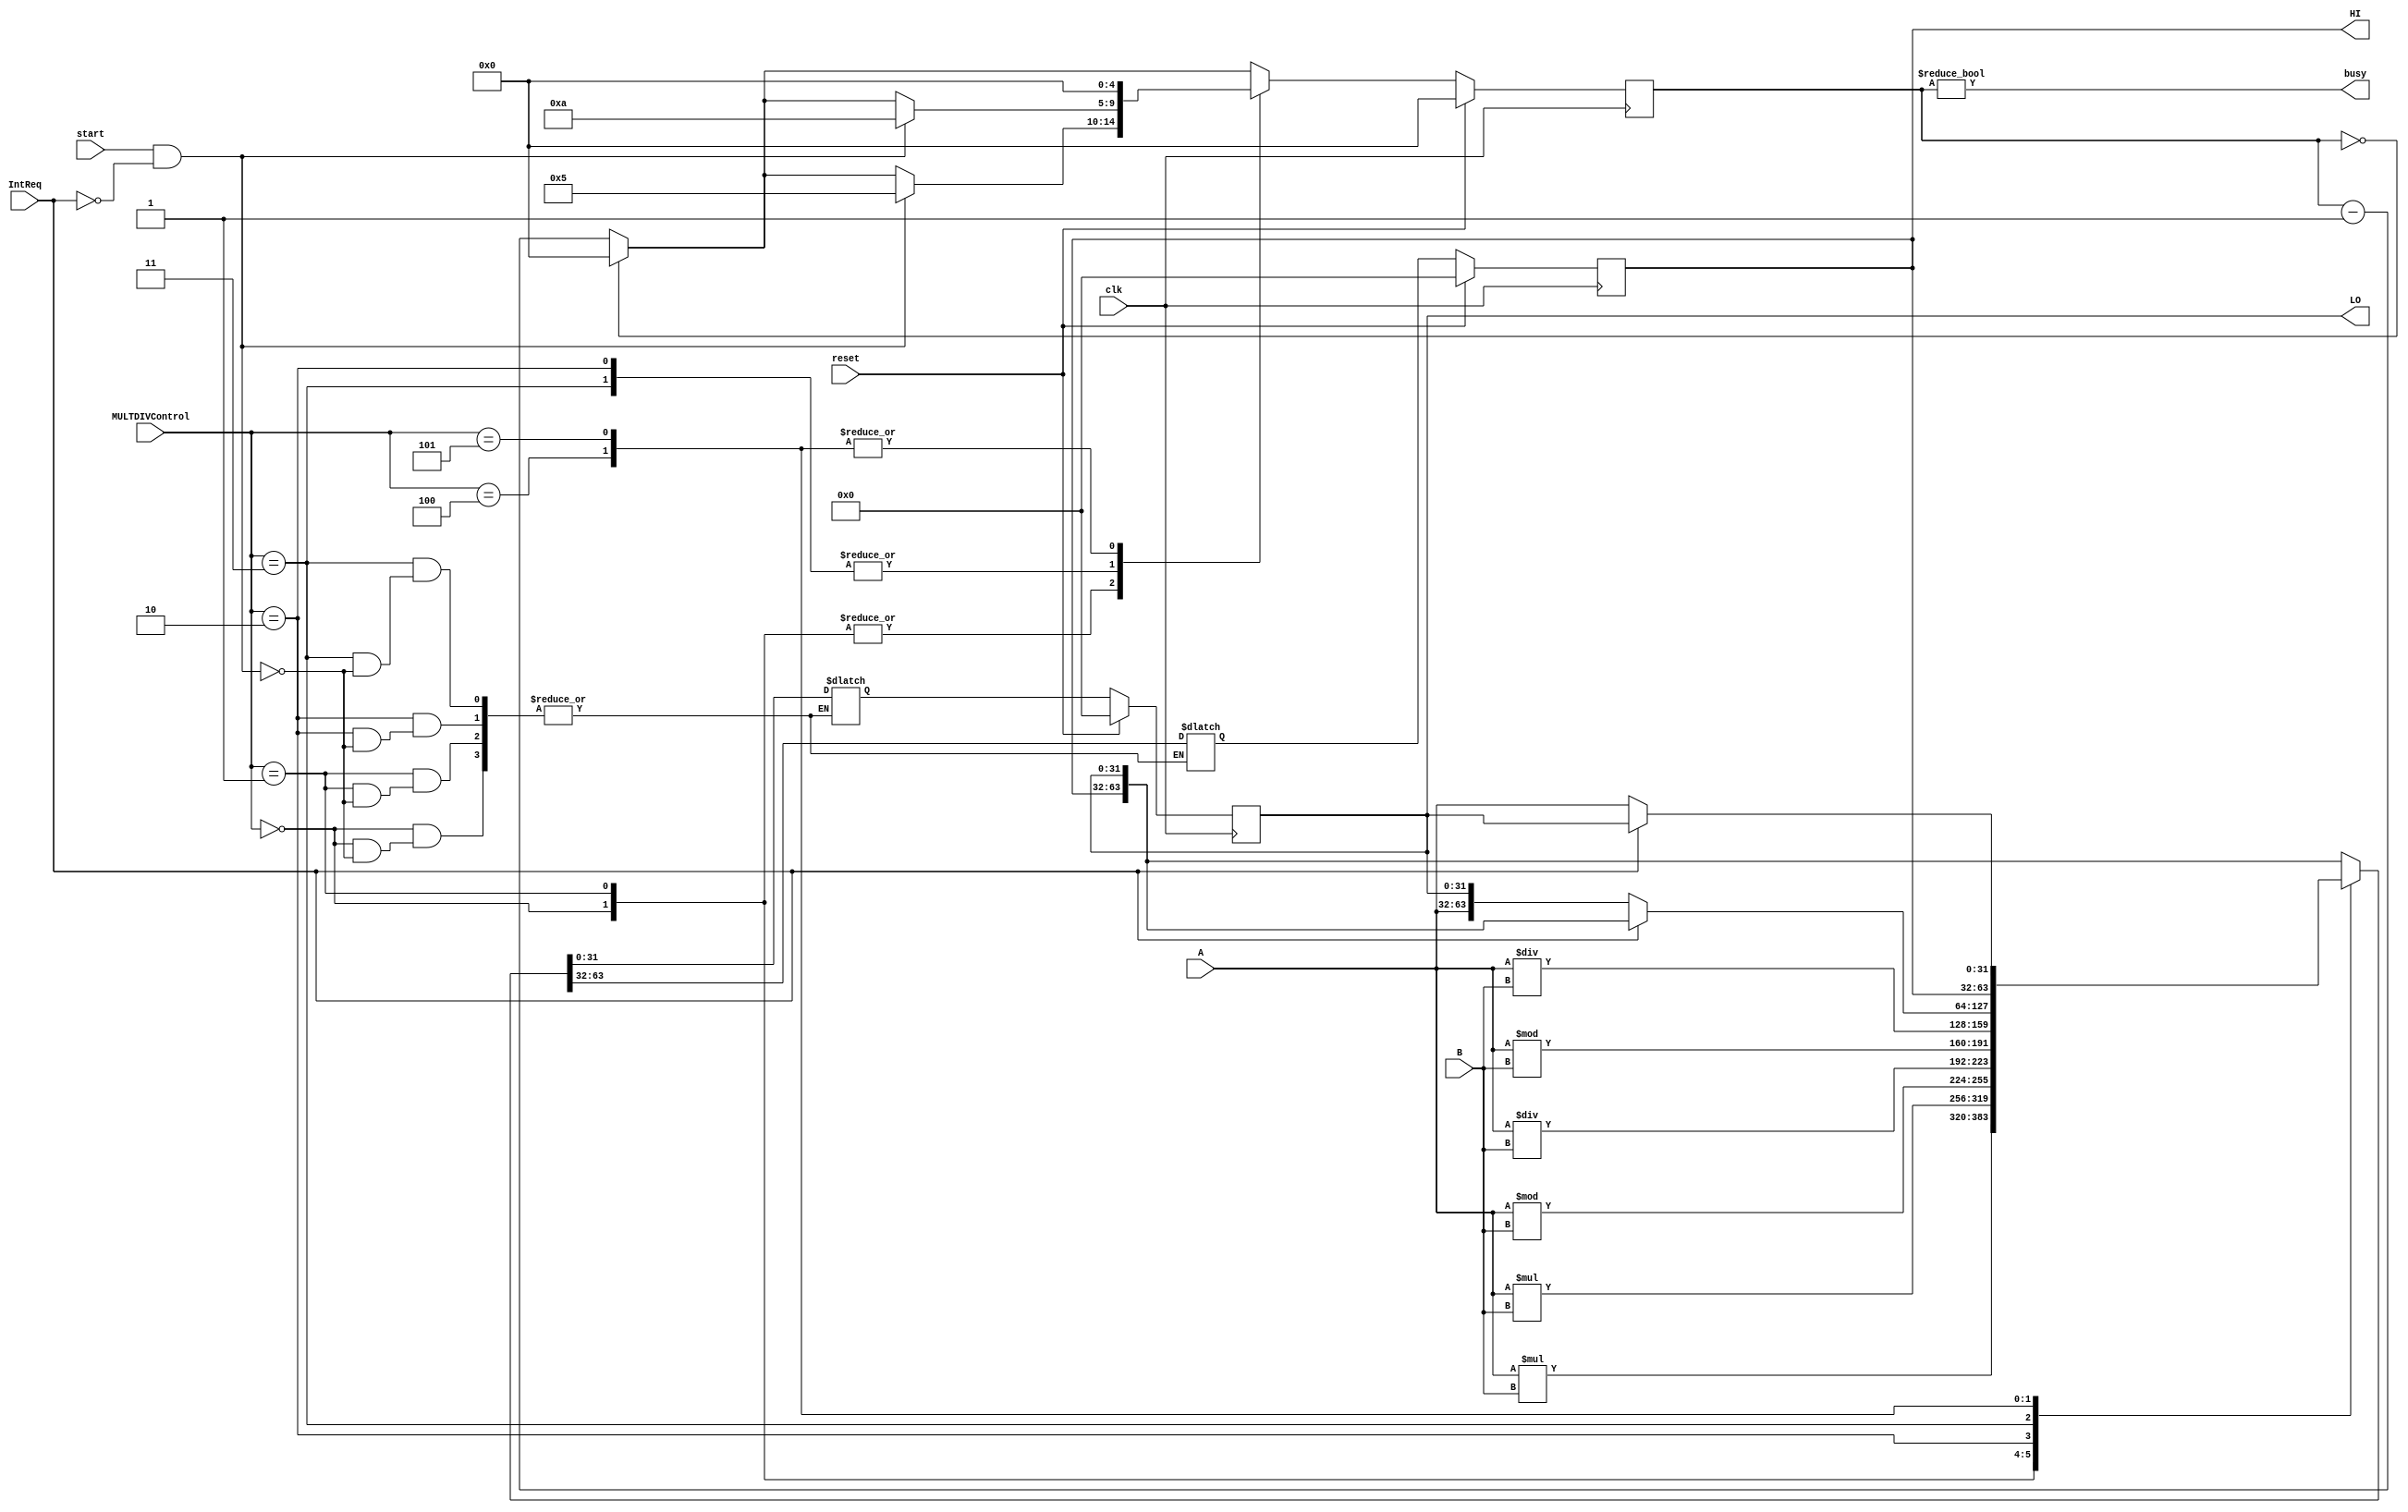
module E_MULTDIV (
    input clk,
    input reset,
    input start,
    input [31:0] A,
    input [31:0] B,
    input [3:0] MULTDIVControl,
    input IntReq,
    output busy,
    output reg [31:0] HI,
    output reg [31:0] LO);

    parameter MULT_MULTDIV = 4'b0000, MULTU_MULTDIV = 4'b0001, DIV_MULTDIV = 4'b0010, DIVU_MULTDIV = 4'b0011;
    parameter MTHI_MULTDIV = 4'b0100, MTLO_MULTDIV = 4'b0101;

    reg [4:0] busytimeCNT, next_busytimeCNT;
    reg [63:0] result;

    always @(posedge clk) begin
        if (reset) begin
            busytimeCNT <= 5'h0;
            HI <= 32'h0;
            LO <= 32'h0;
        end
        else begin
            busytimeCNT <= next_busytimeCNT;
            HI <= result[63:32];
            LO <= result[31:0];
        end
    end

    always @(*) begin
        case (MULTDIVControl)
            MULT_MULTDIV: begin
                if (start & !IntReq) begin
                    result = $signed(A) * $signed(B);
                    next_busytimeCNT = 5;
                end
                else begin
                    result = result;
                    if (busytimeCNT == 5'h0) begin
                        next_busytimeCNT = 5'h0;
                    end
                    else begin
                        next_busytimeCNT = busytimeCNT - 1;
                    end
                end
            end
            MULTU_MULTDIV: begin
                if (start & !IntReq) begin
                    result = A * B;
                    next_busytimeCNT = 5;
                end
                else begin
                    result = result;
                    if (busytimeCNT == 5'h0) begin
                        next_busytimeCNT = 5'h0;
                    end
                    else begin
                        next_busytimeCNT = busytimeCNT - 1;
                    end
                end
            end
            DIV_MULTDIV: begin
                if (start & !IntReq) begin
                    result[63:32] = $signed(A) % $signed(B);
                    result[31:0] = $signed(A) / $signed(B);
                    next_busytimeCNT = 10;
                end
                else begin
                    result = result;
                    if (busytimeCNT == 5'h0) begin
                        next_busytimeCNT = 5'h0;
                    end
                    else begin
                        next_busytimeCNT = busytimeCNT - 1;
                    end
                end
            end
            DIVU_MULTDIV: begin
                if (start & !IntReq) begin
                    result[63:32] = A % B;
                    result[31:0] = A / B;
                    next_busytimeCNT = 10;
                end
                else begin
                    result = result;
                    if (busytimeCNT == 5'h0) begin
                        next_busytimeCNT = 5'h0;
                    end
                    else begin
                        next_busytimeCNT = busytimeCNT - 1;
                    end
                end
            end
            MTHI_MULTDIV: begin
                result = IntReq ? {HI, LO} : {A, LO};
                next_busytimeCNT = 0;
            end
            MTLO_MULTDIV: begin
                result = IntReq ? {HI, LO} : {HI, A};
                next_busytimeCNT = 0;
            end
            default: begin
                result = {HI, LO};
                if (busytimeCNT == 5'h0) begin
                    next_busytimeCNT = 5'h0;
                end
                else begin
                    next_busytimeCNT = busytimeCNT - 1;
                end
            end
        endcase
    end

    assign busy = (busytimeCNT != 0);

    // solution1 result <= {HI, LO} + $signed($signed(64'd0) + $signed(A) * $signed(B));
    // solution2 result <= {HI, LO} + $signed($signed({{32{A[31]}}, A[31]}) * $signed({{32{B[31]}}, B[31]}));
    // solution3 result <= $sigend({HI, LO}) + $signed(A) * $signed(B);
    // signedness 
endmodule